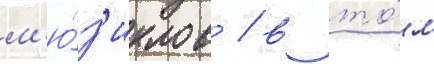
м'ю́з'иклов / в то́м